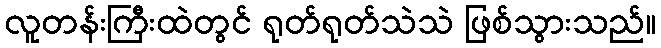
လူတန်းကြီးထဲတွင် ရုတ်ရုတ်သဲသဲ ဖြစ်သွားသည်။